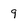
Character: 9